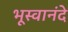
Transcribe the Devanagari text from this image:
भूस्वानंदे